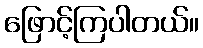
ဖြောင့်ကြပါတယ်။